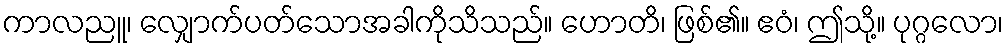
ကာလညူ၊ လျှောက်ပတ်သောအခါကိုသိသည်။ ဟောတိ၊ ဖြစ်၏။ ဧဝံ၊ ဤသို့။ ပုဂ္ဂလော၊